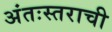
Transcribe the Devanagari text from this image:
अंतःस्तराची